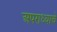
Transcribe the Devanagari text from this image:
अपराध्याचे